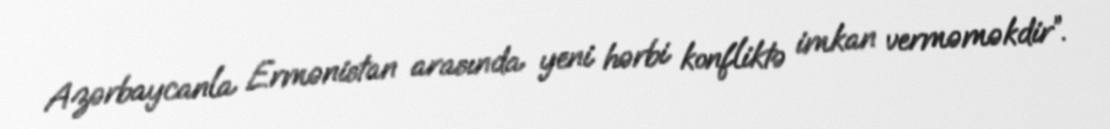
Azərbaycanla Ermənistan arasında yeni hərbi konfliktə imkan verməməkdir”.